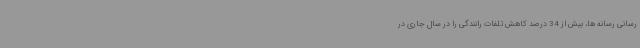
رسانی رسانه ها، بیش از 34 درصد کاهش تلفات رانندگی را در سال جاری در